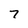
Character: 7